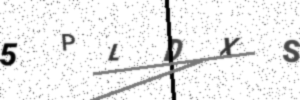
Text: 5PLDXS